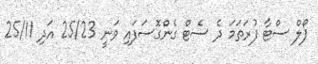
ޕޯލް ސްޓާ ފުރަތަމަ ދެ ސެޓް ގެންގޮސަފައި ވަނީ 25/23 އަދި 25/11